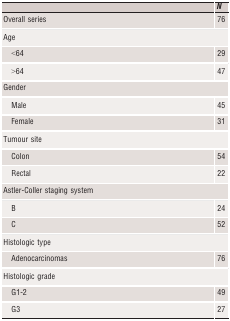
|  | N |
 | --- | --- |
 | Overall series | 76 |
 | <COLSPAN=2> Age |
 | <64 | 29 |
 | >64 | 47 |
 | <COLSPAN=2> Gender |
 | Male | 45 |
 | Female | 31 |
 | <COLSPAN=2> Tumour site |
 | Colon | 54 |
 | Rectal | 22 |
 | <COLSPAN=2> Astler‐Coller staging system |
 | B | 24 |
 | C | 52 |
 | <COLSPAN=2> Histologic type |
 | Adenocarcinomas | 76 |
 | <COLSPAN=2> Histologic grade |
 | G1‐2 | 49 |
 | G3 | 27 |